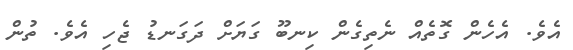
އެވެ. އެހެން ގޮތެއް ނެތިގެން ކިނބޫ ގަޔަށް ދަގަނޑު ޖެހި އެވެ. ތުން